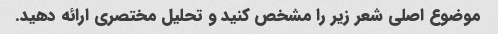
موضوع اصلی شعر زیر را مشخص کنید و تحلیل مختصری ارائه دهید.